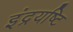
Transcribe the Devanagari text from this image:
इंद्रयष्टि